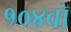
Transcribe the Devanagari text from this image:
१०४वॉ